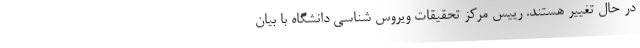
در حال تغییر هستند. رییس مرکز تحقیقات ویروس شناسی دانشگاه با بیان